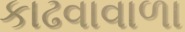
કાઢવાવાળા